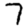
Digit: 7